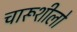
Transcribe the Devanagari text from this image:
चारूशीलो